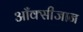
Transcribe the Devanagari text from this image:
आँक्सीजान